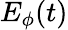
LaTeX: E_{\phi}(t)